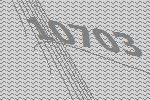
10703